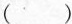
（）